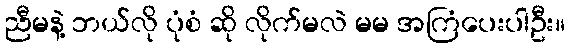
ညီမနဲ့ ဘယ်လို ပုံစံ ဆို လိုက်မလဲ မမ အကြံပေးပါဦး။